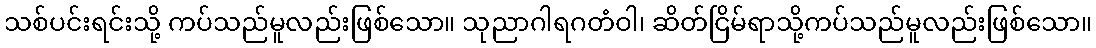
သစ်ပင်းရင်းသို့ ကပ်သည်မူလည်းဖြစ်သော။ သုညာဂါရဂတံဝါ၊ ဆိတ်ငြိမ်ရာသို့ကပ်သည်မူလည်းဖြစ်သော။